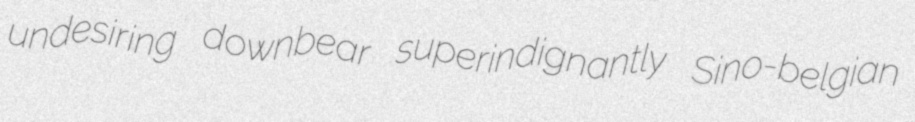
undesiring downbear superindignantly Sino-belgian